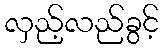
လှည့်လည်ခွင့်